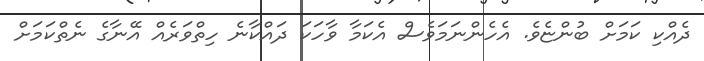
ދެއްކި ކަމަށް ބުންޏެވެ. އެހެންނަމަވެސް އެކަމާ ވާހަކަ ދައްކާނެ ހިތްވަރެއް އޭނާގެ ނެތްކަމަށް